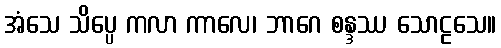
အံသေ သိပ္ပေ ကလာ ကာလေ၊ ဘာဂေ စန္ဒဿ သောဠသေ။